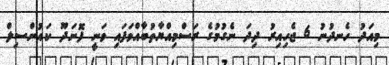
މިއަދު ހެނދުނު 6 ޖެހިއިރު ދިދަ ނެގުމުގެ ރަސްމިއްޔާތުބާއްވަފައި ވަނީ ފޮނަދޫ ކައުންސިލް